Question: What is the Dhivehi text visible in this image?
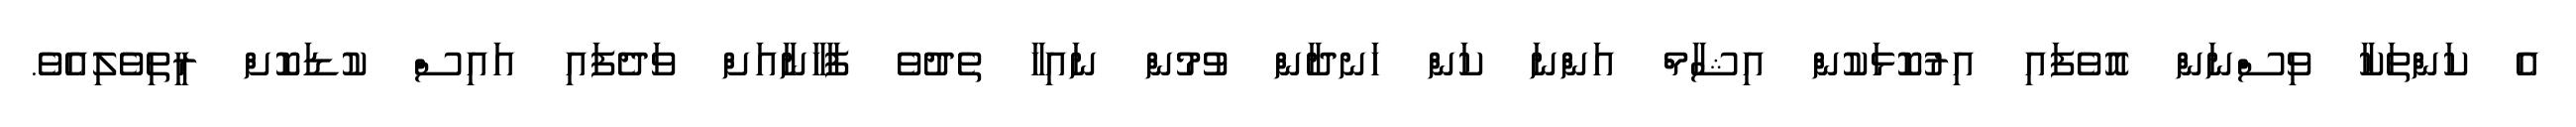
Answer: އެ ކަންތަކާ ވިސްނަން އޮވެފައި އިރުކޮޅަކުން އިޝާމް އަންނަ ކަން ހަނދާން ވުމުން ނައިހާ ތެދުވެ ފާހާނާއަށް ވަދެފައި އައިސް ކުޑަކޮށް ރީތިވެލިއެވެ.